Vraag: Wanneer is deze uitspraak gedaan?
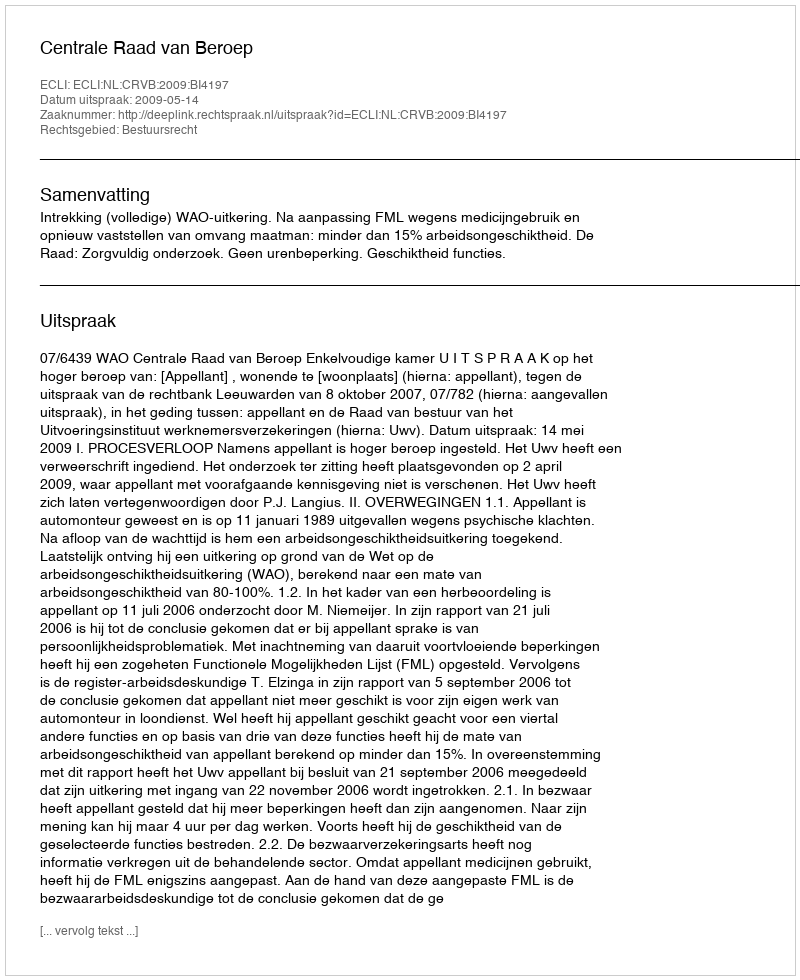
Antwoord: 2009-05-14